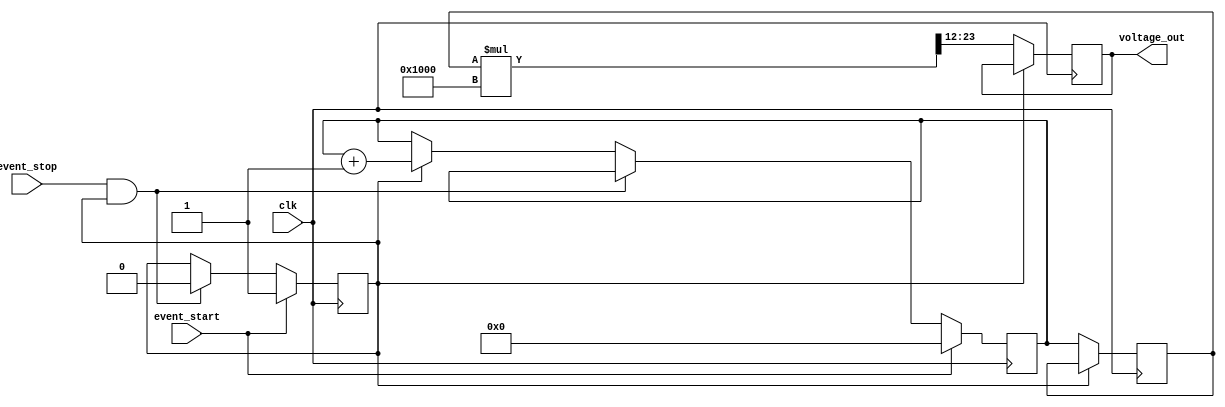
module tdc (
    input wire clk,             // Clock signal
    input wire event_start,     // Start event
    input wire event_stop,      // Stop event
    output reg [11:0] voltage_out // 12-bit output voltage level (scaled)
);

    // Parameters
    parameter K = 4096; // Scaling factor for voltage conversion (example value)

    // Internal signals
    reg [11:0] counter;       // 12-bit time counter
    reg counting;             // Counting state
    reg [11:0] voltage;       // Holds calculated voltage level

    // Event Detector and Time Counter
    always @(posedge clk) begin
        if (event_start) begin
            counter <= 12'd0;  // Reset counter on start event
            counting <= 1'b1;   // Start counting
        end else if (event_stop && counting) begin
            counting <= 1'b0;   // Stop counting on stop event
        end else if (counting) begin
            counter <= counter + 1; // Increment counter each clock cycle
        end
    end

    // Analog Voltage Generator (TVC)
    always @(posedge clk) begin
        if (!counting) begin
            voltage <= counter; // Convert counter to voltage proportional level
            voltage_out <= (voltage * K) >> 12; // Scale down for output (example scaling)
        end
    end

endmodule